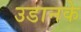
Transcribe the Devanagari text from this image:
उडानके